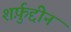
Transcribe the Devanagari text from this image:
शर्फ़ुद्दीन